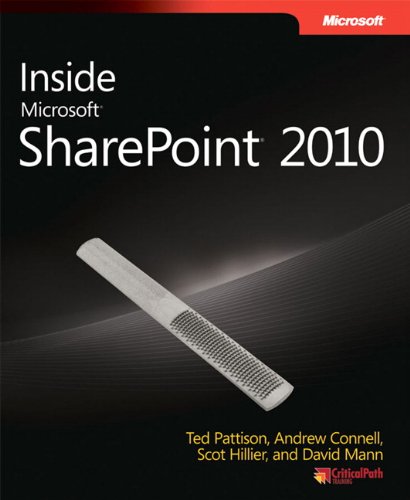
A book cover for Inside Microsoft SharePoint 2010 (Developer Reference); Andrew Connell; Computers & Technology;